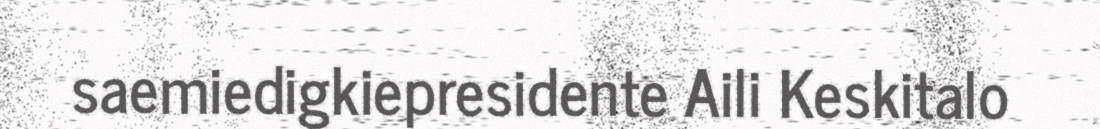
saemiedigkiepresidente Aili Keskitalo